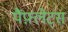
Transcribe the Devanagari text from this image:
पैंफ़्लेट्स